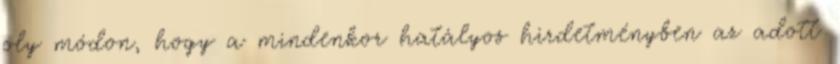
oly módon, hogy a mindenkor hatályos hirdetményben az adott